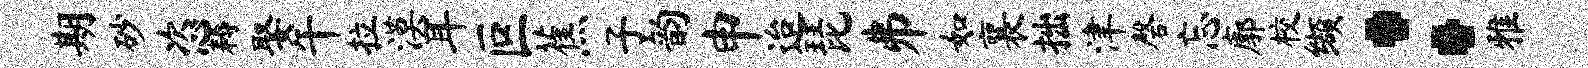
期砂恣耨娶午拉漠耳叵蕉子韵申迨琵井如襄拙津磬忘廓校缬：雅